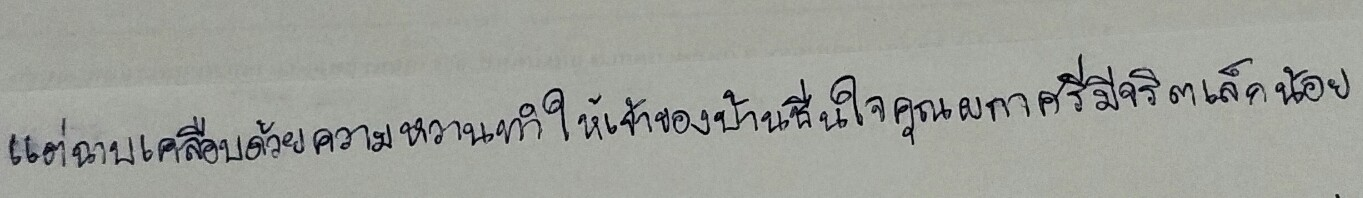
แต่ฉาบเคลือบด้วยความหวานทำให้เจ้าของบ้านชื่นใจคุณผกาศรีมีจริตเล็กน้อย